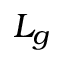
L _ { g }